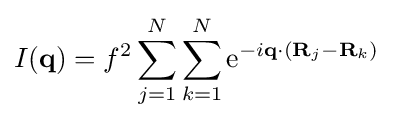
I(\mathbf {q} )=f^{2}\sum _{j=1}^{N}\sum _{k=1}^{N}\mathrm {e} ^{-i\mathbf {q} \cdot (\mathbf {R} _{j}-\mathbf {R} _{k})}